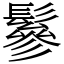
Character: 鬖